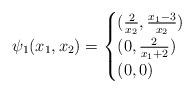
LaTeX: \begin{align*}\psi_1(x_1,x_2)=\begin{cases}(\frac{2}{x_2}, \frac{x_1-3}{x_2}) & \\(0,\frac{2}{x_1+2}) & \\(0,0) & \end{cases}\end{align*}